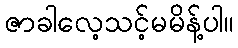
ဇာခါလေ့သင့်မမိန့်ပါ။